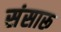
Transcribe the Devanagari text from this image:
संसारू